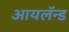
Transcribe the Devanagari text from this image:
आयलॅन्ड